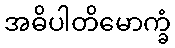
အဓိပါတိမောက္ခံ